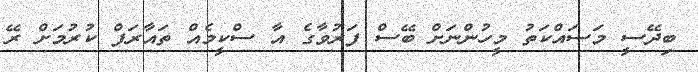
ބިދޭސީ މަސައްކަތު މީހުންނަށް ބޭސް ފަރުވާގެ އާ ސްކީމެއް ތައާރަފް ކުރުމަށް ރޭ